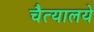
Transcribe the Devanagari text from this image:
चैत्यालये